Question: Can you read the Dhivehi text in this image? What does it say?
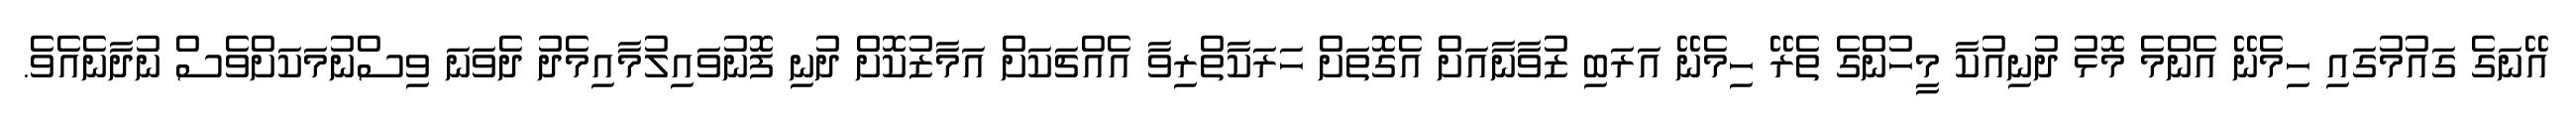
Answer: އޭނަގެ ގައުމުގައި ހިމެނޭ އެންމެ މޮޅު ދުނިއުކާ މީހުންގެ ތެރޭ ހިމެނޭ އަރަބި ޒުވާނާއަށް އެގޮތަށް ހަރަކާތްރިވާ އެއްޗަކަށް އަމާޒުކޮށް ދުނި ފޮނުވައިލުމާއިމެދު ދެވަނަ ވިސްނުމަކަށްވެސް ނުދާނެއެވެ.